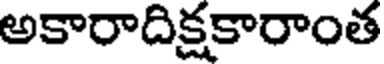
అకారాదిక్షకారాంత